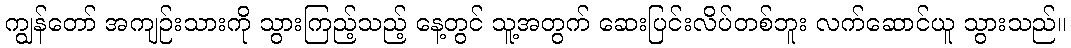
ကျွန်တော် အကျဉ်းသားကို သွားကြည့်သည့် နေ့တွင် သူ့အတွက် ဆေးပြင်းလိပ်တစ်ဘူး လက်ဆောင်ယူ သွားသည်။